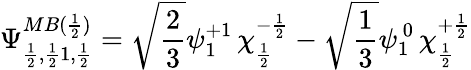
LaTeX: \Psi_{\frac{1}{2},\frac{1}{2}1,\frac{1}{2}}^{MB(\frac{1}{2})}=\sqrt{\frac{2}{3}}\psi_{1}^{+1}\, \chi_{\frac{1}{2}}^{-\frac{1}{2}}-\sqrt{\frac{1}{3}}\psi_{1}^{\, 0}\, \chi_{\frac{1}{2}}^{+\frac{1}{2}}